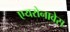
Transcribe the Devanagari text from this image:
एयरोनावेस